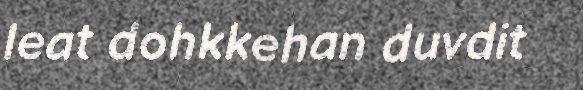
leat dohkkehan duvdit